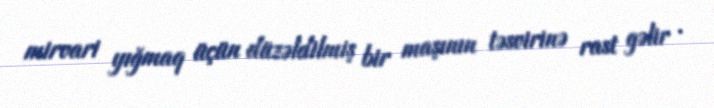
mirvari yığmaq üçün düzəldilmiş bir maşının təsvirinə rast gəlir .